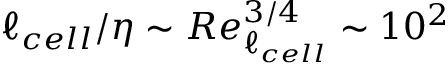
\ell _ { c e l l } / \eta \sim R e _ { \ell _ { c e l l } } ^ { 3 / 4 } \sim 1 0 ^ { 2 }